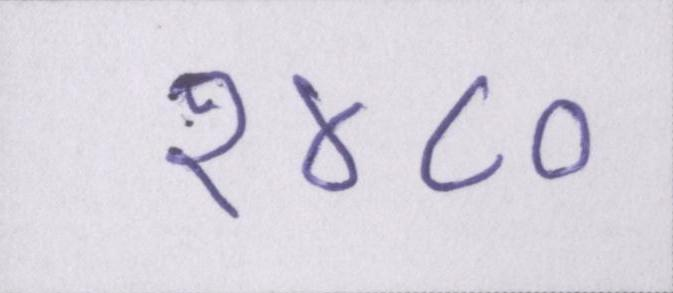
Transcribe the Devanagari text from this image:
१४८०